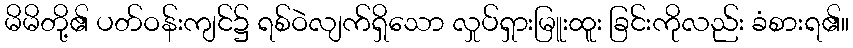
မိမိတို့၏ ပတ်ဝန်းကျင်၌ ရစ်ဝဲလျက်ရှိသော လှုပ်ရှားမြူးထူး ခြင်းကိုလည်း ခံစားရ၏။